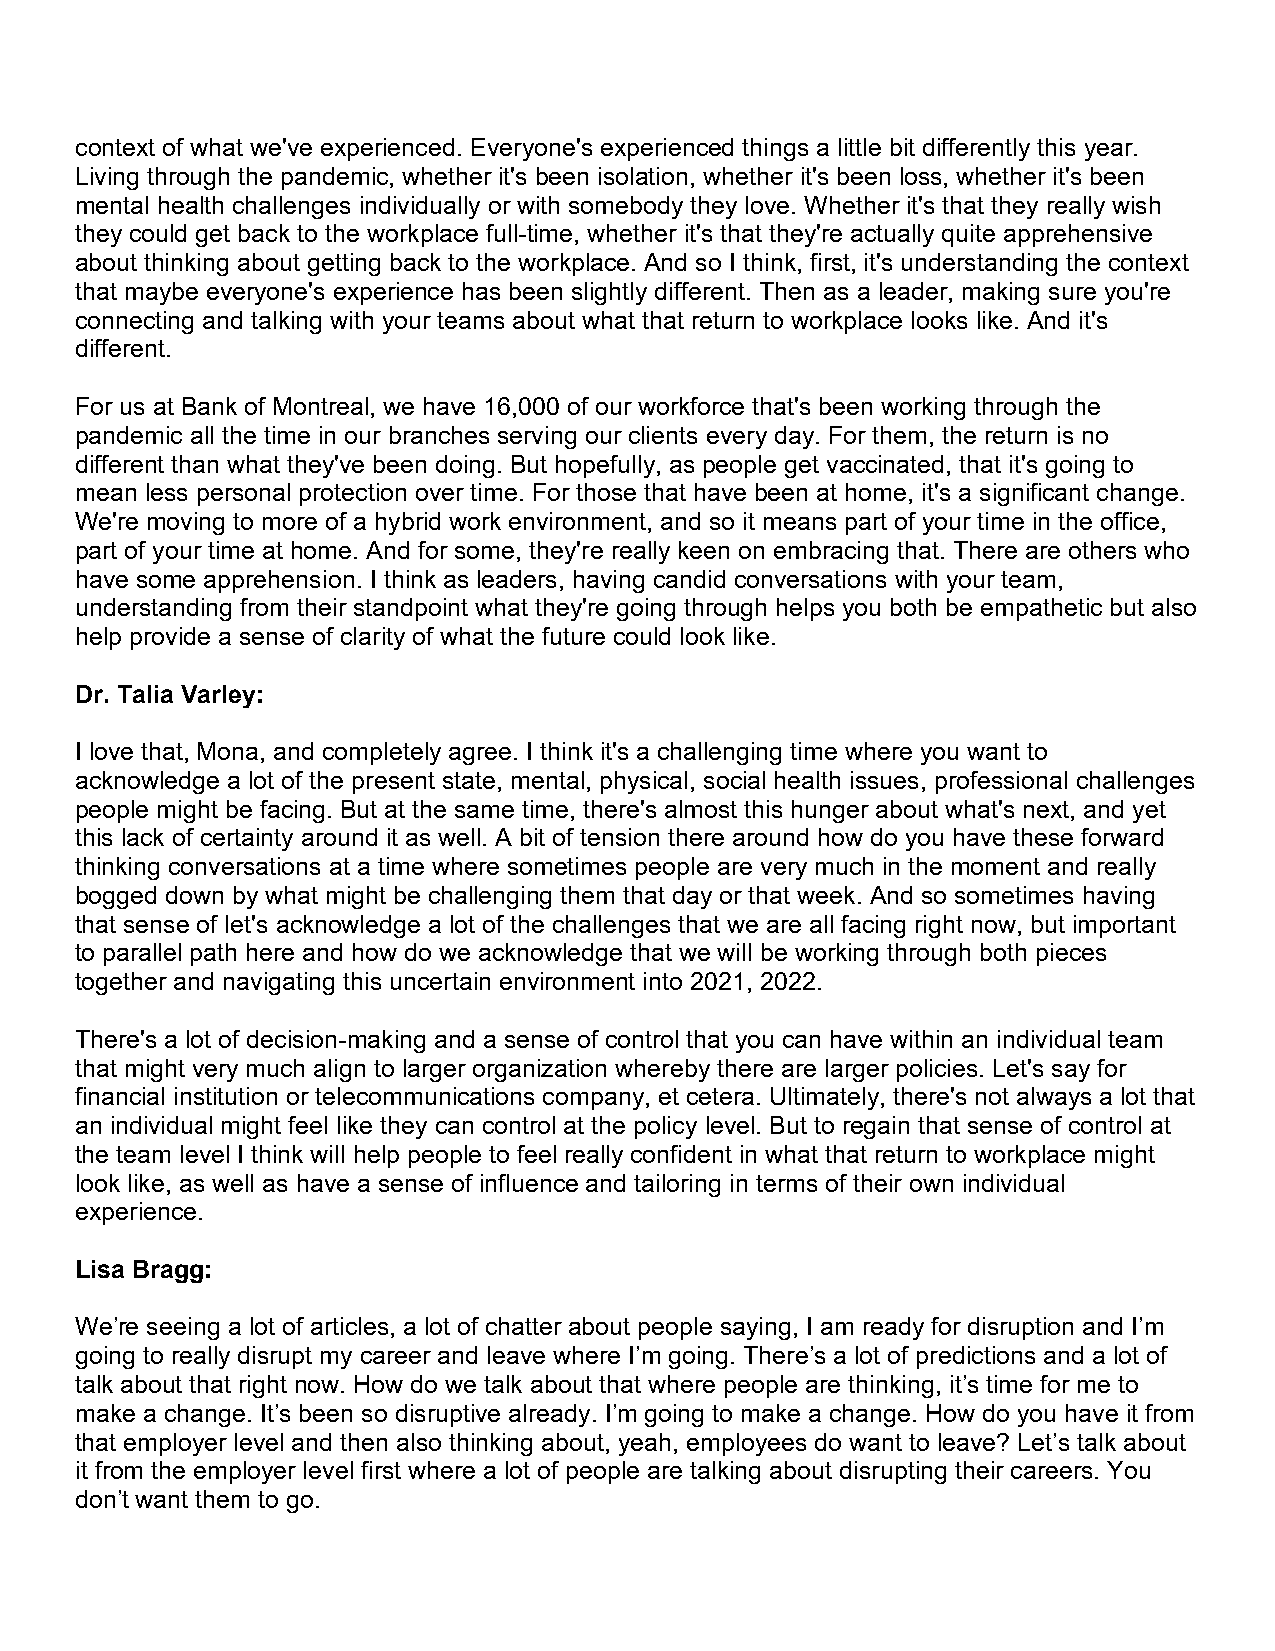
context of what we've experienced. Everyone's experienced things a little bit differently this year.
 Living through the pandemic, whether it's been isolation, whether it's been loss, whether it's been
 mental health challenges individually or with somebody they love. Whether it's that they really wish
 they could get back to the workplace full-time, whether it's that they're actually quite apprehensive
 about thinking about getting back to the workplace. And so I think, first, it's understanding the context
 that maybe everyone's experience has been slightly different. Then as a leader, making sure you're
 connecting and talking with your teams about what that return to workplace looks like. And it's
 different.
 For us at Bank of Montreal, we have 16,000 of our workforce that's been working through the
 pandemic all the time in our branches serving our clients every day. For them, the return is no
 different than what they've been doing. But hopefully, as people get vaccinated, that it's going to
 mean less personal protection over time. For those that have been at home, it's a significant change.
 We're moving to more of a hybrid work environment, and so it means part of your time in the office,
 part of your time at home. And for some, they're really keen on embracing that. There are others who
 have some apprehension. I think as leaders, having candid conversations with your team,
 understanding from their standpoint what they're going through helps you both be empathetic but also
 help provide a sense of clarity of what the future could look like.
 Dr. Talia Varley:
 I love that, Mona, and completely agree. I think it's a challenging time where you want to
 acknowledge a lot of the present state, mental, physical, social health issues, professional challenges
 people might be facing. But at the same time, there's almost this hunger about what's next, and yet
 this lack of certainty around it as well. A bit of tension there around how do you have these forward
 thinking conversations at a time where sometimes people are very much in the moment and really
 bogged down by what might be challenging them that day or that week. And so sometimes having
 that sense of let's acknowledge a lot of the challenges that we are all facing right now, but important
 to parallel path here and how do we acknowledge that we will be working through both pieces
 together and navigating this uncertain environment into 2021, 2022.
 There's a lot of decision-making and a sense of control that you can have within an individual team
 that might very much align to larger organization whereby there are larger policies. Let's say for
 financial institution or telecommunications company, et cetera. Ultimately, there's not always a lot that
 an individual might feel like they can control at the policy level. But to regain that sense of control at
 the team level I think will help people to feel really confident in what that return to workplace might
 look like, as well as have a sense of influence and tailoring in terms of their own individual
 experience.
 Lisa Bragg:
 We’re seeing a lot of articles, a lot of chatter about people saying, I am ready for disruption and I’m
 going to really disrupt my career and leave where I’m going. There’s a lot of predictions and a lot of
 talk about that right now. How do we talk about that where people are thinking, it’s time for me to
 make a change. It’s been so disruptive already. I’m going to make a change. How do you have it from
 that employer level and then also thinking about, yeah, employees do want to leave? Let’s talk about
 it from the employer level first where a lot of people are talking about disrupting their careers. You
 don’t want them to go.